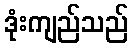
ဒုံးကျည်သည်